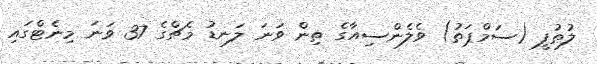
ލުޠުފީ (ސަމްޕަތު) ވެލެންސިއާގެ ތިން ވަނަ ލަނޑު މެޗްގެ 37 ވަނަ މިނެޓްގައި